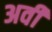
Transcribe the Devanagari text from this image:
अवी